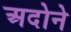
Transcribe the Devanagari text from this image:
अदोने